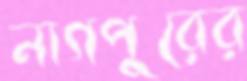
নাগপুরের